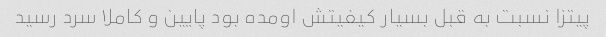
پیتزا نسبت به قبل بسیار کیفیتش اومده بود پایین و کاملا سرد رسید